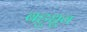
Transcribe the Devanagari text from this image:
बहुध्रुव